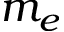
m _ { e }